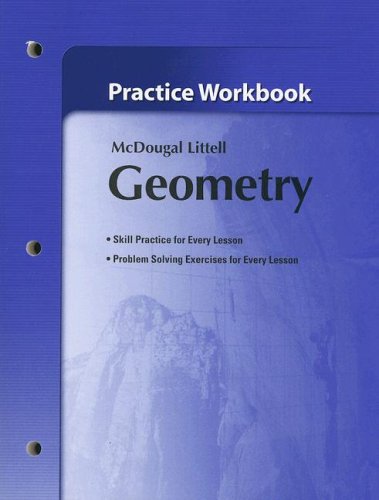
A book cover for Holt McDougal Larson Geometry: Practice Workbook; MCDOUGAL LITTEL; Teen & Young Adult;